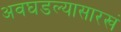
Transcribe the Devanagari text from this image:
अवघडल्यासारखं